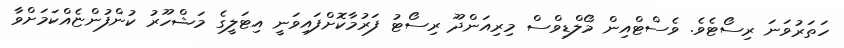
ހަތަރުވަނަ ރިސޯޓެވެ. ވެސްޓްއިން މޯލްޑިވްސް މިރިއަންދޫ ރިސޯޓު ފަރުމާކޮށްފައިވަނީ އިޓަލީގެ މަޝްހޫރު ކުންފުންޏެއްކަމަށްވާ